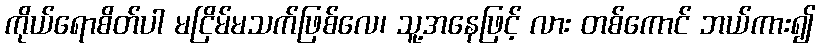
ကိုယ်ရောစိတ်ပါ မငြိမ်မသက်ဖြစ်လေ၊ သူ့အနေဖြင့် လား တစ်ကောင် ဘယ်ကား၍